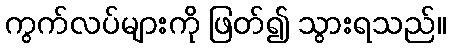
ကွက်လပ်များကို ဖြတ်၍ သွားရသည်။